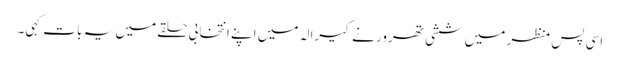
اسی پس منظر میں ششی تھرور نے کیرالہ میں اپنے انتخابی حلقے میں یہ بات کہی۔